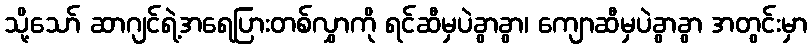
သို့သော် ဆာဂျင်ရဲ့အရေပြားတစ်လွှာကို ရင်ဆီမှပဲခွာခွာ၊ ကျောဆီမှပဲခွာခွာ အတွင်းမှာ